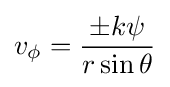
v_{\phi }={\frac {\pm k\psi }{r\sin \theta }}